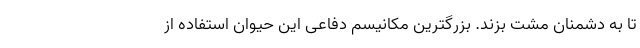
تا به دشمنان مشت بزند. بزرگترین مکانیسم دفاعی این حیوان استفاده از